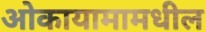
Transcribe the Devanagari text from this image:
ओकायामामधील